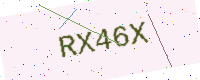
Text: RX46X